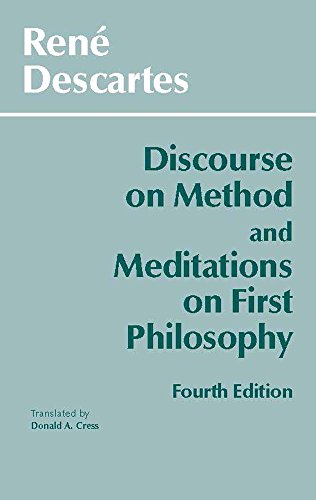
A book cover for Discourse on Method and Meditations on First Philosophy, 4th Ed.; Rene Descartes; Science & Math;